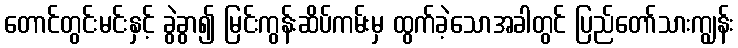
တောင်တွင်းမင်းနှင့် ခွဲခွာ၍ မြင်းကွန်းဆိပ်ကမ်းမှ ထွက်ခဲ့သောအခါတွင် ပြည်တော်သားကျွန်း